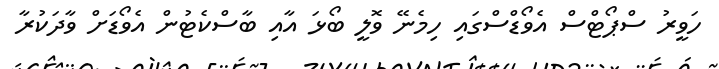
ހަވީރު ސްޕޯޓްސް އެވޯޑްސްގައި ހިމެނޭ ވޮލީ ބޯޅަ އާއި ބާސްކެޓުން އެވޯޑަށް ވާދަކުރާ